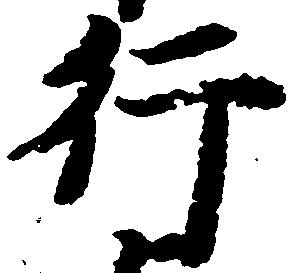
行